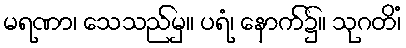
မရဏာ၊ သေသည်မှ။ ပရံ၊ နောက်၌။ သုဂတိံ၊